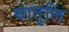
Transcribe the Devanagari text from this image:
धातुलि